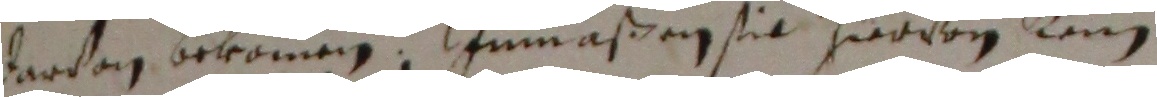
darvon bekommen, Inmaßen sil hiervon kein